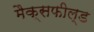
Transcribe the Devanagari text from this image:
मैक्सफील्ड